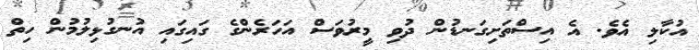
އުކާލި އެވެ. އެ އިސްތަށިގަނޑުން ދުވި މީރުވަސް އަހަރެންގެ ގައިގައި އުނގުޅިލުމުން ހިތް